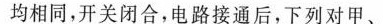
均相同，开关闭合，电路接通后，下列对甲、